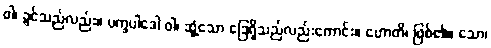
ဝါ၊ ခွင်သည်လည်း။ ပက္ခပါဒေါ ဝါ၊ ဆွံ့သော ခြေရှိသည်လည်းကောင်း။ ဟောတိ၊ ဖြစ်၏။ သော၊